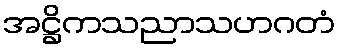
အဋ္ဌိကသညာသဟဂတံ